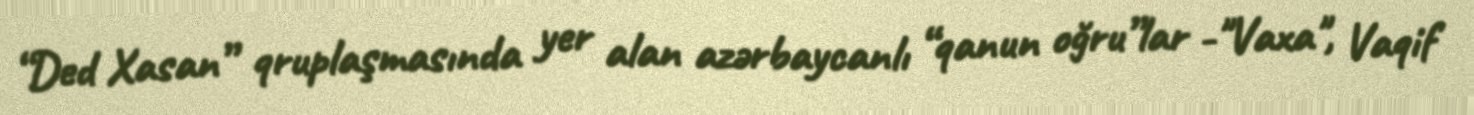
“Ded Xasan” qruplaşmasında yer alan azərbaycanlı “qanun oğru”lar -"Vaxa", Vaqif